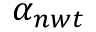
\alpha _ { n w t }